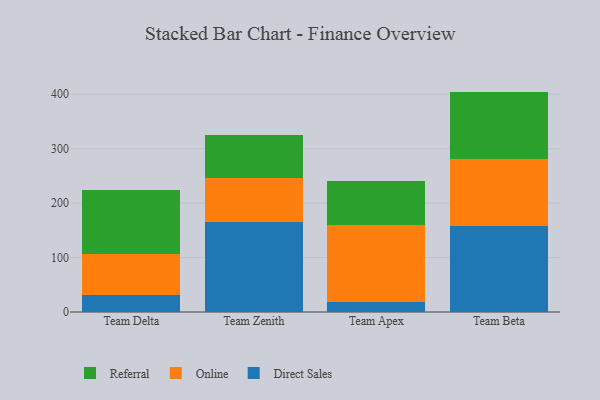
{"axis": {"x": "Team", "y": "Production Output"}, "legend": ["Direct Sales", "Online", "Referral"], "data": [{"x": "Team Delta", "y": 31.1, "type": "Direct Sales"}, {"x": "Team Delta", "y": 75.4, "type": "Online"}, {"x": "Team Delta", "y": 117.3, "type": "Referral"}, {"x": "Team Zenith", "y": 165.2, "type": "Direct Sales"}, {"x": "Team Zenith", "y": 81.0, "type": "Online"}, {"x": "Team Zenith", "y": 78.2, "type": "Referral"}, {"x": "Team Apex", "y": 17.8, "type": "Direct Sales"}, {"x": "Team Apex", "y": 141.2, "type": "Online"}, {"x": "Team Apex", "y": 81.2, "type": "Referral"}, {"x": "Team Beta", "y": 157.7, "type": "Direct Sales"}, {"x": "Team Beta", "y": 123.7, "type": "Online"}, {"x": "Team Beta", "y": 123.5, "type": "Referral"}]}